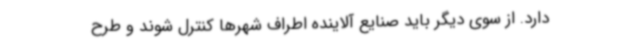
دارد. از سوی دیگر باید صنایع آلاینده اطراف شهرها کنترل شوند و طرح